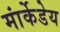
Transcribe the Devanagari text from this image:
मांर्केडेय